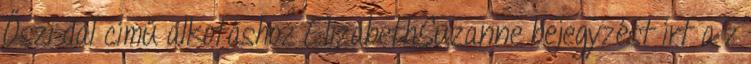
Őszi dal című alkotáshoz ElizabethSuzanne bejegyzést írt a z